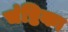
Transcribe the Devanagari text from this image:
चंष्टिका